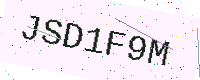
Text: JSD1F9M